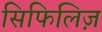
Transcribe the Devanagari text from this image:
सिफिलिज़